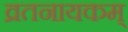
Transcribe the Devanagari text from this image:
व्रतनायकम्